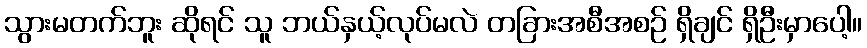
သွားမတက်ဘူး ဆိုရင် သူ ဘယ်နှယ့်လုပ်မလဲ တခြားအစီအစဉ် ရှိချင် ရှိဦးမှာပေါ့။